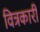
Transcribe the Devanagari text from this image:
वित्रकारी